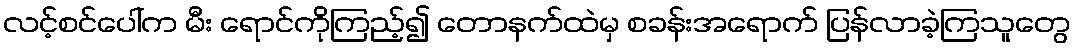
လင့်စင်ပေါ်က မီး ရောင်ကိုကြည့်၍ တောနက်ထဲမှ စခန်းအရောက် ပြန်လာခဲ့ကြသူတွေ